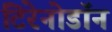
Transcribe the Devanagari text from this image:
टिरेनोडॉन